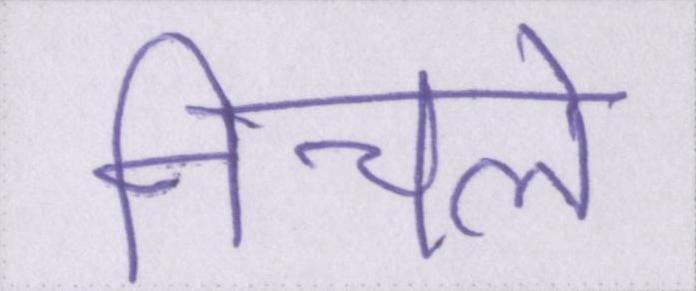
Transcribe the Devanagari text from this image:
निचले